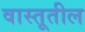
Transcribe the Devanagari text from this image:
वास्तूतील